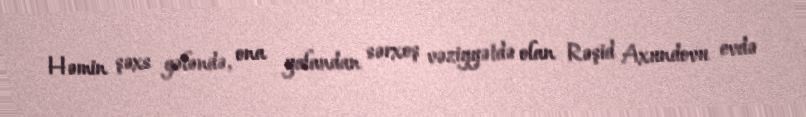
Həmin şəxs gələndə, ona yalandan sərxoş vəziyyətdə olan Rəşid Axundovu evdə